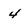
Character: 4